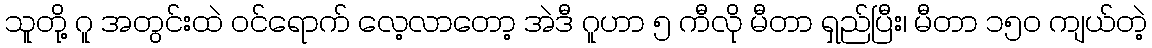
သူတို့ ဂူ အတွင်းထဲ ဝင်ရောက် လေ့လာတော့ အဲဒီ ဂူဟာ ၅ ကီလို မီတာ ရှည်ပြီး၊ မီတာ ၁၅၀ ကျယ်တဲ့